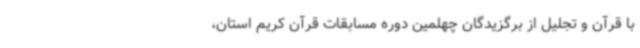
با قرآن و تجلیل از برگزیدگان چهلمین دوره مسابقات قرآن کریم استان،